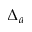
\Delta _ { a }